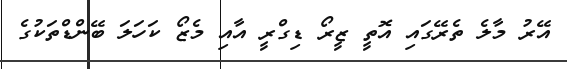
އޭރު މާލެ ތެރޭގައި އޮތީ ޒީރޯ ޑިގްރީ އާއި މެޒޯ ކަހަލަ ބޭންޑްތަކުގެ